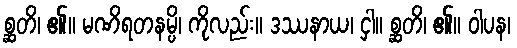
စ္ဆတိ၊ ၏။ မဏိရတနမ္ပိ၊ ကိုလည်း။ ဒဿနာယ၊ ငှါ။ စ္ဆတိ၊ ၏။ ဝါပန၊